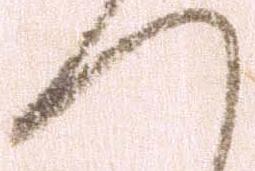
へ